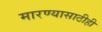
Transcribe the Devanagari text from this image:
मारण्यासाठीही